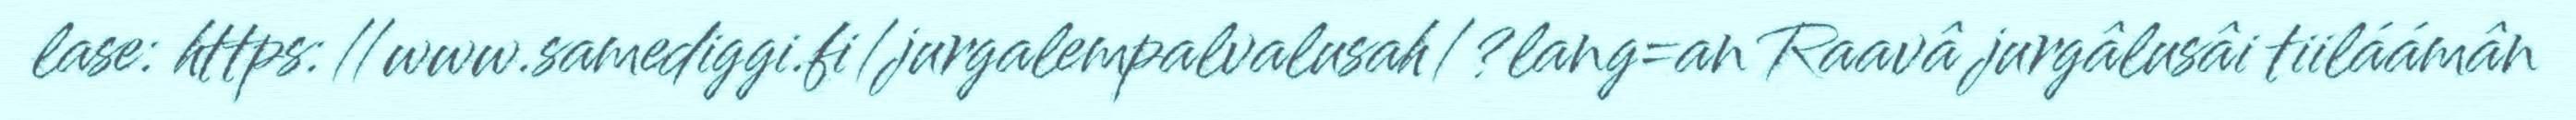
lase: https://www.samediggi.fi/jurgalempalvalusah/?lang=an Raavâ jurgâlusâi tiiláámân